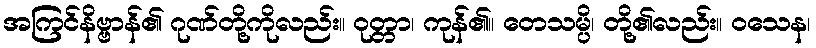
အကြင်နိဗ္ဗာန်၏ ဂုဏ်တို့ကိုလည်း။ ဝုတ္တာ၊ ကုန်၏။ တေသမ္ပိ၊ တို့၏လည်း။ ဝသေန၊